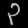
Digit: ၃